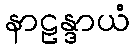
နာဠန္ဒာယံ